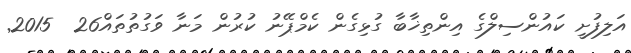
އަލިފުށީ ކައުންސިލްގެ އިންތިޚާބާ ގުޅިގެން ކެމްޕޭނު ކުރުން މަނާ ވަގުތުތައް26  2015